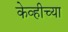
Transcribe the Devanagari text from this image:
केव्हीच्या